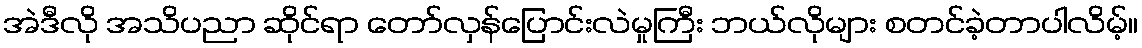
အဲဒီလို အသိပညာ ဆိုင်ရာ တော်လှန်ပြောင်းလဲမှုကြီး ဘယ်လိုများ စတင်ခဲ့တာပါလိမ့်။